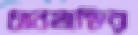
ধানমান্ডির